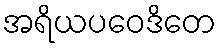
အရိယပဝေဒိတေ